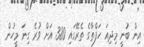
އިން ބުނީ މިދިއަ ހަފްތާގެ ތެރޭގައި 380 އަށް ވުރެ ގިނަ މީހުން